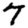
Digit: 7